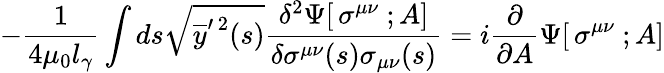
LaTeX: -{\frac{1}{4\mu_{0}l_{\gamma}}}\int ds\sqrt{\overline{{y}}^{\prime\, 2}(s)}{\frac{\delta^{2}\Psi[\, \sigma^{\mu\nu}\ ;A]}{\delta\sigma^{\mu\nu}(s)\sigma_{\mu\nu}(s)}}=i{\frac{\partial}{\partial A}}\Psi[\, \sigma^{\mu\nu}\ ;A]